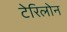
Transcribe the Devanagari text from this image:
टेरिलोन